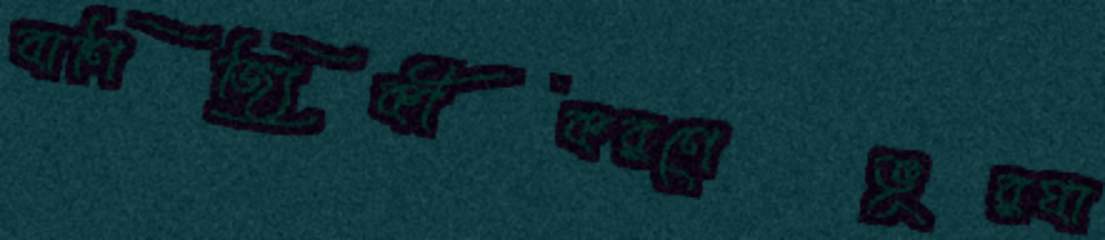
বাণিজ্যিকীকরণেভূরঘা